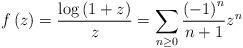
LaTeX: \begin{align*}f\left(z\right)=\frac{\log\left(1+z\right)}{z}=\sum_{n\ge0}\frac{\left(-1\right)^{n}}{n+1}z^{n}\end{align*}